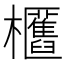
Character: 𣡛